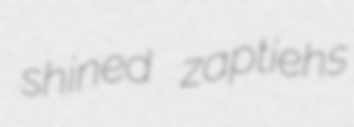
shined zaptiehs